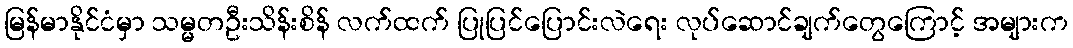
မြန်မာနိုင်ငံမှာ သမ္မတဦးသိန်းစိန် လက်ထက် ပြုပြင်ပြောင်းလဲရေး လုပ်ဆောင်ချက်တွေကြောင့် အများက